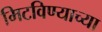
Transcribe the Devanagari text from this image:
मिटविण्याच्या